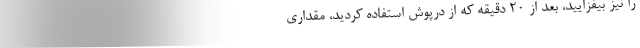
را نیز بیفزایید، بعد از 20 دقیقه که از درپوش استفاده کردید، مقداری